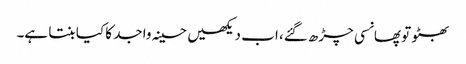
بھٹو تو پھانسی چڑھ گئے، اب دیکھیں حسینہ واجد کا کیا بنتا ہے۔